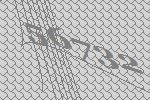
56732